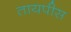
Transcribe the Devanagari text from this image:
तायपीस